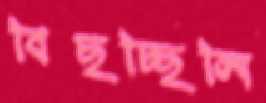
বিছচ্ছিলি